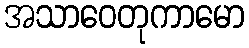
အသာဝေတုကာမော